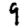
Digit: 9